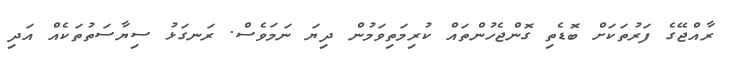
ރާއްޖޭގެ ފަރުތަކަށް ބޮޑެތި ގޮންޖެހުންތައް ކުރިމަތިވަމުން ދިޔަ ނަމަވެސް. ރަނގަޅު ސިޔާސަތުތަކެއް އަދި